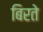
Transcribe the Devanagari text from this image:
बिरते